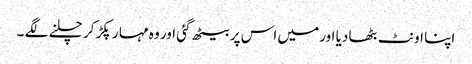
اپنا اونٹ بٹھا دیا اور میں اس پر بیٹھ گئی اور وہ مہا ر پکڑ کر چلنے لگے ۔